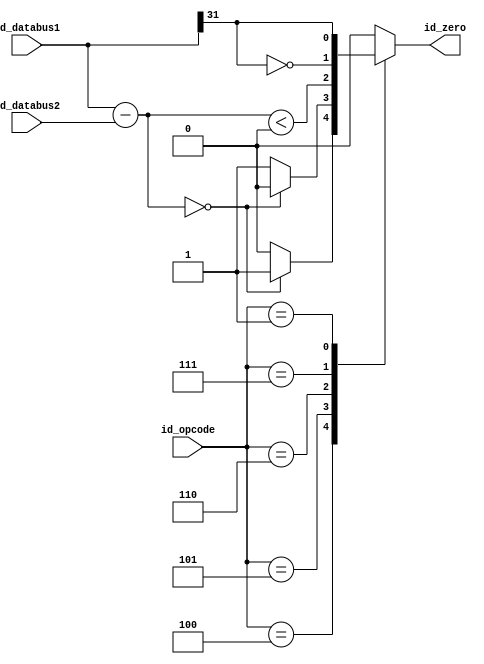
`timescale 1ns / 1ps
//////////////////////////////////////////////////////////////////////////////////
// Company: 
// Engineer: 
// 
// Design Name: 
// Module Name: Zero
// Project Name: 
// Target Devices: 
// Tool Versions: 
// Description: 
// 
// Dependencies: 
// 
// Revision:
// Revision 0.01 - File Created
// Additional Comments:
// 
//////////////////////////////////////////////////////////////////////////////////


module Zero(
    input wire[31:0] id_databus1,
    input wire[31:0] id_databus2,
    input wire[5:0] id_opcode,
    output reg id_zero
    );
      always@(*)
          case (id_opcode)
              6'b000100:id_zero <= (id_databus1 - id_databus2 == 0)?1:0;//beq
              6'b000101:id_zero <= (id_databus1 - id_databus2 == 0)?0:1;//bne
              6'b000110:id_zero <= (id_databus1 - id_databus2 <0);//blez
              6'b000111:id_zero <= ~id_databus1[31];//bgtz
              6'b000001:id_zero <= id_databus1[31];//bltz
              default :id_zero <= 0;
          endcase
    
    
endmodule